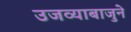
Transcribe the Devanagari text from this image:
उजव्याबाजुने